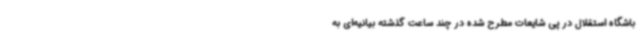
باشگاه استقلال در پی شایعات مطرح شده در چند ساعت گذشته بیانیه‌ای به